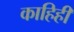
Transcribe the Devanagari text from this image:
काहिही